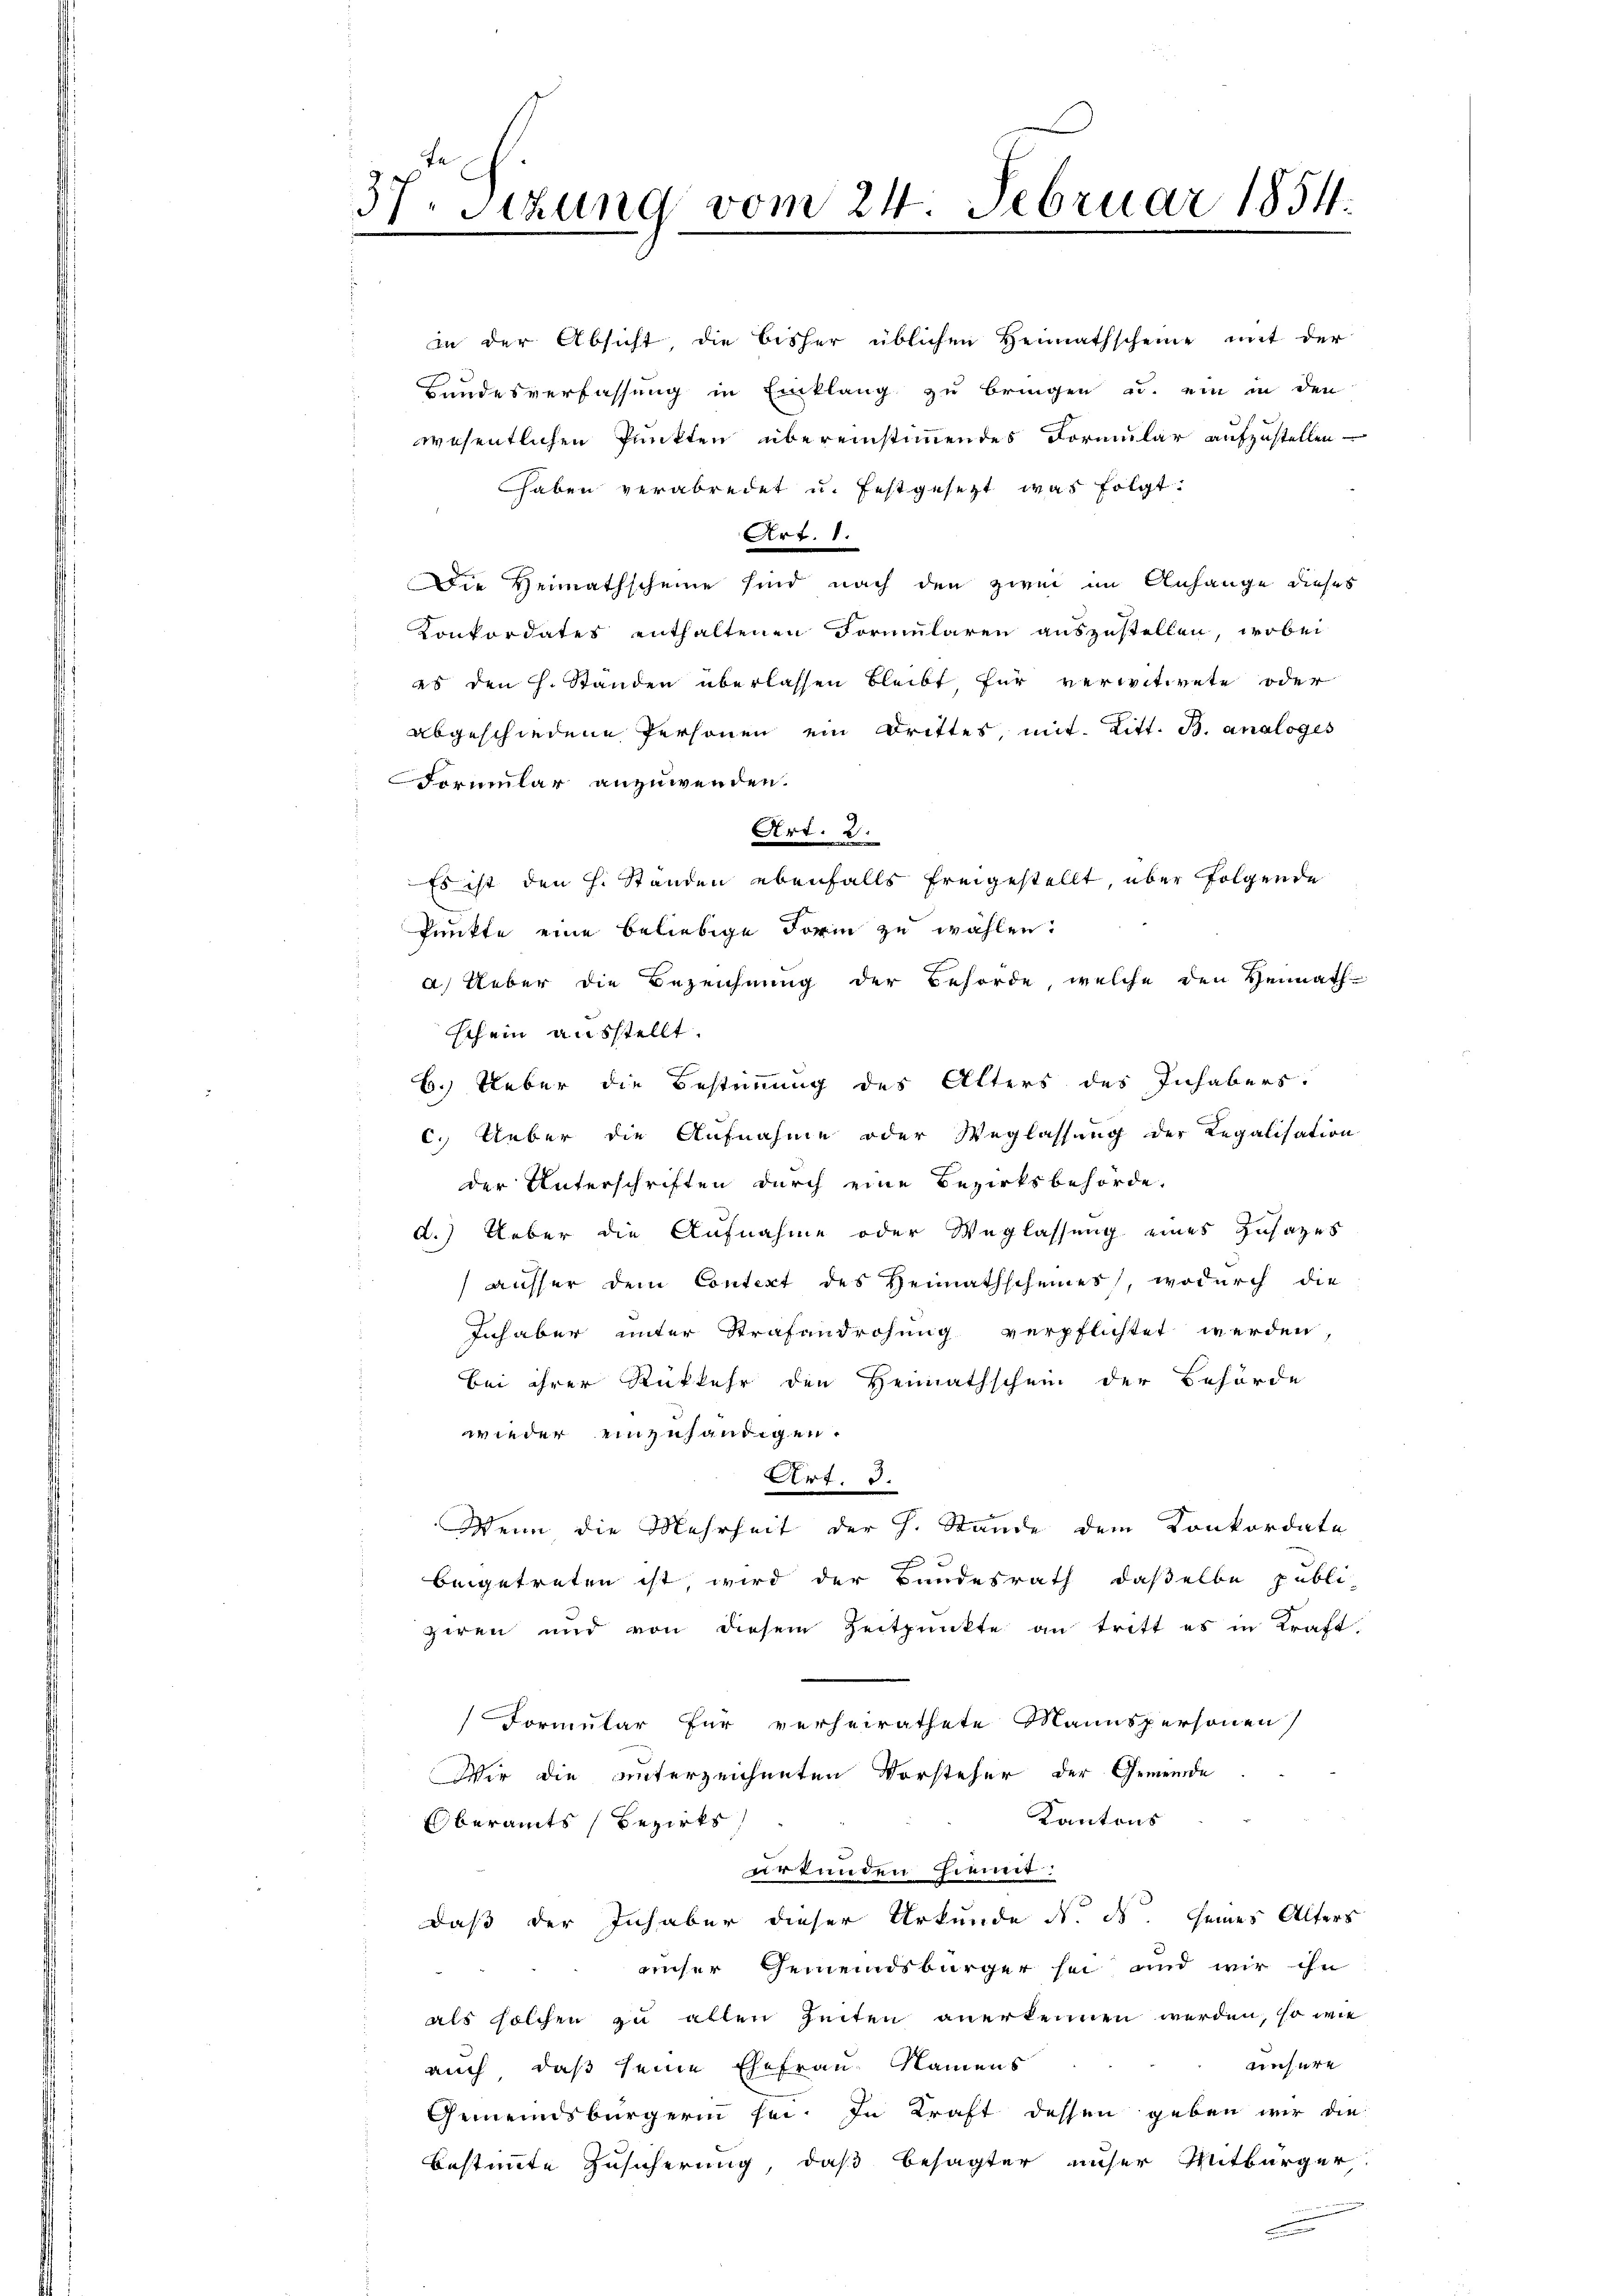
3.
Sitzung vom 24. Februar 1854.
2
e

in der Absicht die bisher üblichen Heimathscheine mit der
Bundesverfassung in Einklang zu bringen u. ein in den
wesentlichen Punkten übereinstimmendes Formular aufzustellen
haben verabredet u. festgesetzt was folgt.
Art. 1.
Die Heimathscheine sind nach den zwei im Anhange dieses
Konkordates enthaltenen Formularen auszustellen, wobei
as den H. Ständen überlassen bleibt für verwitwete oder
abgeschiedene Personen ein Drittes, mit Litt. B. analoges
Formular anzuwenden.
Art. 2.
Es ist den H. Standen ebenfalls freigestellt, über folgende
Punkte eine beliebige Form zu wählen.
a) Ueber die Bezeichnung der Behörde, welche den Hennath-
schein ausstellt.
6.) Ueber die Bestimmung des Alters des Inhabers.
c. Ueber die Aufnahme oder Weglassung der Regalisation
der Unterschriften durch eine Bezirksbehörde.
d.) Ueber die Aufnahme oder Weglassung eines Zusatzes
ausser dem Context des Heimathscheines), wodurch die
Inhaber unter Strafandrohung verpflichtet werden
bei ihrer Rückkehr den Heimathschein der Behörde
wieder einzuhändigen.
Art. 3.
Wenn die Mehrheit der H. Stände dem Konkordate
e
beigetreten ist, wird der Bundesrath daßelbe publi
giren und von diesem Zeitpunkte an tritt es in Kraft.
Formular für verheirathete Mannspersonen
Wir die unterzeichneten Vorsteher der Gemeinde
Kantons
Oberamts Bezirks
urkunden hiemit:
daß der Inhaber dieser Urkunde d. ds. seines Alters
unser Gemeindsbürger sei und wir ihn
als solchen zu allen Zeiten anerkennen werden, so wie
ensure
auch, daß seine Ehefrau Namens
Gemeindsbürgerin sei. In Kraft dessen geben wir die
bestimmte Zusicherung, daß besagter unser Mitbürger
.